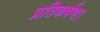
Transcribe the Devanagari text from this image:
प्रतिकर्षण।